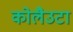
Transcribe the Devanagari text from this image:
कोलैउटा